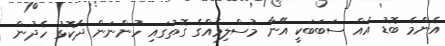
އެންމެ ބޮޑު އެއް ސަބަބަކީ އޭނާ މުސްލިމެއްގެ ގޮތުގައި ހުންނަން ދެކޮޅު ހެދުން